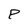
Character: P